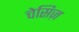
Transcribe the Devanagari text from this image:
चेसिज़